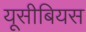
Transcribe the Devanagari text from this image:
यूसीबियस